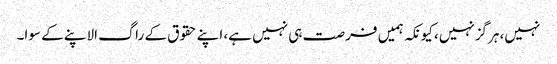
نہیں، ہرگزنہیں، کیونکہ ہمیں فرصت ہی نہیں ہے، اپنے حقوق کے راگ الاپنے کے سوا۔